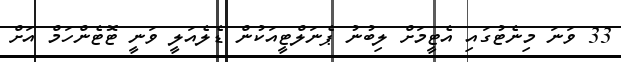
33 ވަނަ މިނެޓުގައި އެޓީމަށް ލިބުނު ޕެނަލްޓީއަކުން ޑެލެއަލީ ވަނީ ޓޮޓެންހަމް އަށް